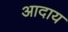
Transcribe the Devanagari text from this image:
आदाय